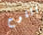
اللوح